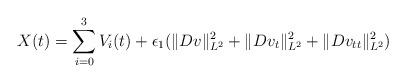
LaTeX: \begin{align*}X(t)=\sum_{i=0}^3V_i(t)+\epsilon_1(\|Dv\|^2_{L^2}+\|Dv_t\|^2_{L^2}+\|Dv_{tt}\|^2_{L^2})\end{align*}